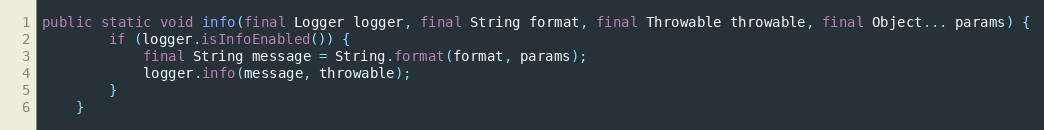
Language: Java
public static void info(final Logger logger, final String format, final Throwable throwable, final Object... params) {
		if (logger.isInfoEnabled()) {
			final String message = String.format(format, params);
			logger.info(message, throwable);
		}
	}